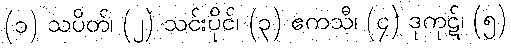
(၁) သပိတ်၊ (၂) သင်းပိုင်၊ (၃) ဧကသီ၊ (၄) ဒုကုဋ်၊ (၅)